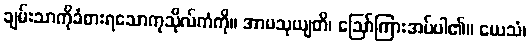
ချမ်းသာကိုခံစားရသောကုသိုလ်ကံကို။ အာမသုယျတိ၊ ဩော်ကြားအပ်ပါ၏။ ယေသံ၊